Report of the King Institute of Preventive Medicine, Guindy
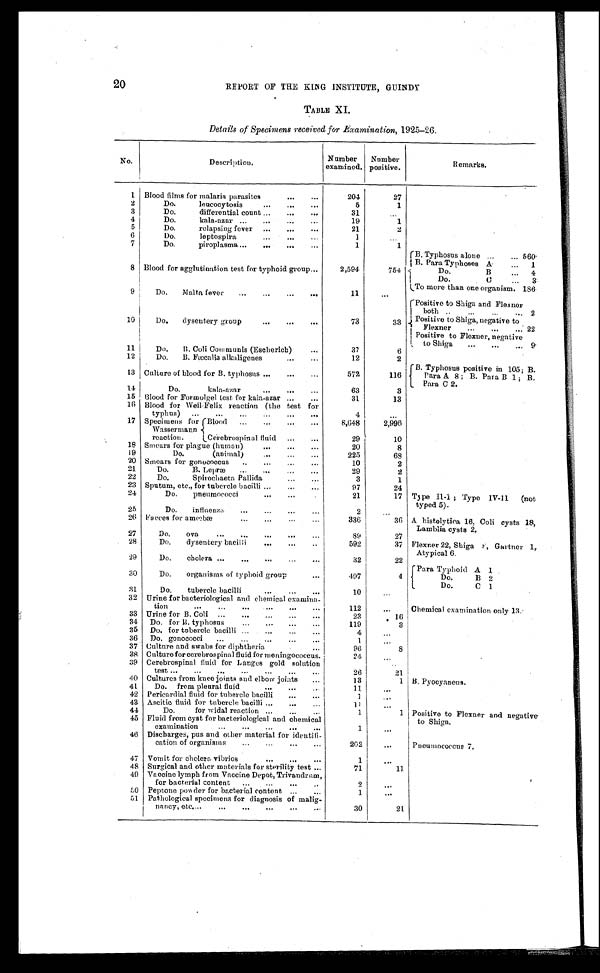
20
REPORT OF THE KING INSTITUTE, GUINDY
TABLE XI.
Details of Specimens received for Examination, 1925-26.
No.
Description.
Number
examined.
Number
positive.
Remarks.
1 Blood films for malaria parasites . . .
204
27
2
Do. leucocytosis . . .
5
1
3
Do. differential count . . .
31
. . .
4
Do. kala-azar . . .
19
1
5
Do. relapsing fever . . .
21
2
6
Do. leptospira . . .
1
. . .
7
Do. piroplasma . . .
1
1
8 Blood for agglutination test for typhoid group . . .
2,594
754
B. Typhosus alone . . . 560
B. Para Typhoses A . . .
1
Do.
B . . . 4
9
Do. Malta fever . . .
11
. . .
Do. C . . .
3
To more than one organism. 186
10
Do. dysentery group . . .
73
3 3
Positive to Shiga and Flexner
both . . . 2
Positive to Shiga, negative to
Flexner 22
11
Do. B. Coll Communis (Escherich) . . .
37
6
Positive to Flexuer, negative
Shiga . . . 9
12
Do. B. Fæcalis alkaligenes . . .
12
2
13 Culture of blood for B. typhosus . . .
572
116
B. Typhosus positive in 105; B.
Para A 8 ; B. Para B 1 ; B.
Para C 2.
14
Do. kala-azar . . .
63
3
15
31
13
Blood for Formolgel test for kala-azar . . .
16 Blood for Weil-Felix reaction (the test for
typhus) . . .
4
. . .
17 Specimens for
Wassermann
reaction.
Blood . . .
8,648
2,996
Cerebrospinal fluid . . .
29
10
18 Smears for plague (human) . . .
20
8
19
Do. (animal) . . .
225
68
20 Smears for gonococcus . . .
10
2
21
D o . B . L e p r æ . . .
29
2
22
Do. Spirochaeta Pallida . . .
3
1
23 Sputum, etc., for tubercle bacilli . . .
97
24
24
Do. pneumococci . . .
21
17 Type II-1 ; Type IV-l1 (not
typed 5).
25
Do. influenta . . .
2
. . .
26 Faeces for amœbæ . . .
336
36 A histolytica 16, Coli cysts 18,
Lamblia cysts 2.
27
Do. ova . . .
89
27
28
Do. dysentery bacilli . . .
592
37 Flexner 22, Shiga & Gartner 1,
Atypical 6.
29
Do. cholera . . .
32
22
30
Do. organisms of typhoid group . . .
407
4
Para Typhoid A
1
Do. B
2
31
Do. tubercle bacilli . . .
10
. . .
Do.
C 1
32 Urine for bacteriological and chemical examina
-
tion
112
Chemical examination only 13.
. . .
33 Urine for B. Coli . . .
23
16
34
Do. for B. typhosus . . .
119
3
35
Do. for tubercle bacilli . . .
4
. . .
36
Do. gonococci . . .
1
. . .
37 Culture and swabs for diphtheria . . .
96
8
38 Culture for cerebrospinal fluid for meningococcus.
2
. . .
39 Cerebrospinal fluid for Langes gold solution test . . .
26
21
40 Cultures from knee joints and elbow joints . . .
13
1 B. Pyocyaneus.
41
D o . f r o m p l e u r a l f l u i d . . .
11
. . .
42 Pericardial fluid for tubercle bacilli . . .
1 . . .
43 Ascitic fluid for tubercle bacilli . . .
11
. . .
44
Do. for widal reaction . . .
1
1 Positive to Flexner and negative
to Shiga.
45 Fluid from cyst for bacteriological and chemical
examination . . .
1
. . .
46 Discharges, pus and other material for identifi
-
cation of organisms . . .
202
. . .
Pneumococcus 7.
47 Vomit for cholera, vibrios . . .
1
. . .
48 Surgical and other materials for sterility test . . .
71
11
49 Vaccine lymph from Vaccine Depot, Trivandrum,
for bacterial content . . .
2
. . .
5 0 Peptone powder for bacterial content . . .
1
. . .
51 Pathological specimens for diagnosis of malig
-
nancy, etc. . . .
30
21